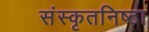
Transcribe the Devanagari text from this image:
संस्कृतनिष्ठा